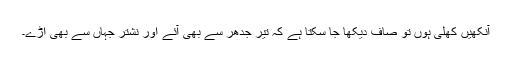
آنکھیں کھلی ہوں تو صاف دیکھا جا سکتا ہے کہ تیر جدھر سے بھی آئے اور نشتر جہاں سے بھی اڑے۔